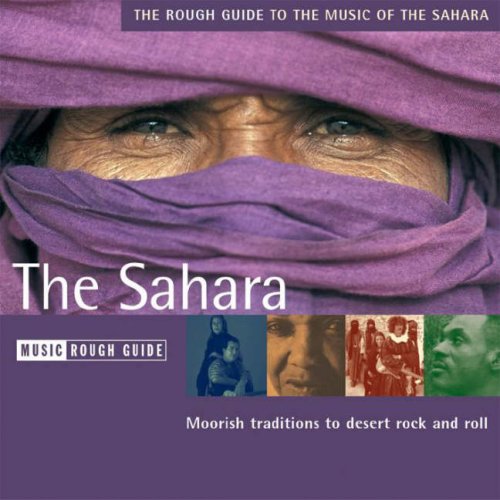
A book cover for The Rough Guide to The Sahara CD (Rough Guide World Music CDs); Rough Guides; Travel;